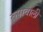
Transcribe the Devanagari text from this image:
रूपावाली